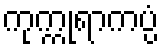
ကုက္ကုရာကပ္ပံ